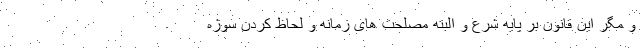
و مگر این قانون بر پایه شرع و البته مصلحت های زمانه و لحاظ کردن سوژه